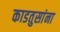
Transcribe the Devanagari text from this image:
काडतुसांना